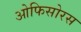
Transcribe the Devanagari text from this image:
ओफिसोरस